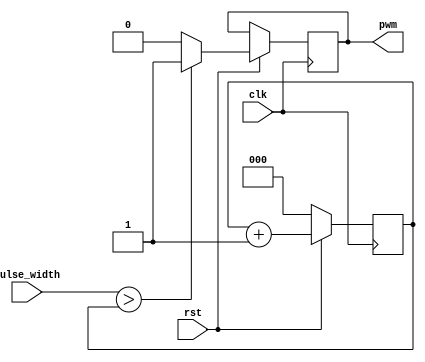
//---------------------------------------------------------------------
// Project		: AdMore Simple Controller
// Module Name	: PWM.v
// Company		: Ohmics
//----------------------------------------------------------------------
// Description : Generic PWM module

/*Theory of PWM operation:
  
- Frequency of the resulting PWM signal = f_sysclk/2^n where n is the number of bits used for the pulse width control.
- in this case sysclk=10MHz and we are using 3 bits so the frequency of the PWM clock will be 10MHz/8= 1.25MHz
- to obtain a 50% duty cycle set pulse_width to 4 or 3'b100. For 1/8 duty cycle set pulsewidth to dec 1 or 3'b001, etc.
  
  Input= system clock and pulse width control
  Output= PWM_signal
  pulse_width control is a 3 bit vector= 8 decimal so the duty cycle can be adjusted in 8 increments
  
Example operation for pwm_width=3 and dty cycle 25%: counter counts to 2 for PWM_out to be 1 then zero for the rest of the count.  
  
SPI_CLK-----````|__|```|___|```|___|```|___|```|___|```|___|```|___|```|___|```|___|```|___|```|___|```|___|```|___|```|___|```|___|```|___|  
Counter         000|    001|    010|    011|    100|    101|    110|    111|    000|    001|    010|    011|    100|    101|    110|    111| 
PWM_OUT------------````````|_______________________________________________________|```````````````|________________________________________

*/
module pwm #(parameter CTR_LEN = 3)//CTR_LEN is the PWM pulse width. 3 bits are 8 duty cycles/brightness values
(
    input clk,
    input rst,
    input [CTR_LEN - 1 : 0] pulse_width, //use a larger CTR_LEN for better resolution
    output pwm
  );
// test
 reg pwm_out;
 reg [CTR_LEN - 1: 0] counter; //counters same size as the PWM pulse width
 assign pwm = pwm_out;
   
  always @(posedge clk) begin
    if (~rst) 
		counter <= 1'b0;
    else
      begin		
		counter <= counter + 1'b1;
			if (pulse_width > counter)
				pwm_out = 1'b1;
				else
				pwm_out = 1'b0;
	  end
	end
   
  
endmodule